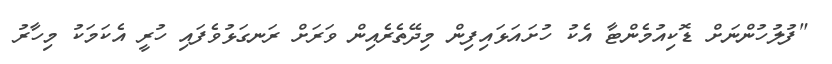
"ފުލުހުންނަށް ޑޮކިއުމެންޓާ އެކު ހުށައަޅައިފިން މިދޭތެރެއިން ވަރަށް ރަނގަޅުވެފައި ހުރީ އެކަމަކު މިހާރު